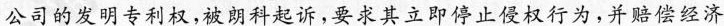
公司的发明专利权,被朗科起诉,要求其立即停止侵权行为，并赔偿经济